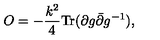
O = - { \frac { k ^ { 2 } } { 4 } } \mathrm { T r } ( \partial g \bar { \partial } g ^ { - 1 } ) ,